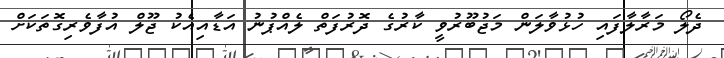
ދެލޯ މަރާލާފައި ހުޅުވާލަން މަޖުބޫރުވީ ކާރުގެ ދޮރުފަތް ލެއްޕުނު އަޑާއިއެކު ޖޫލް އުފާވެރިގޮތަކަށް